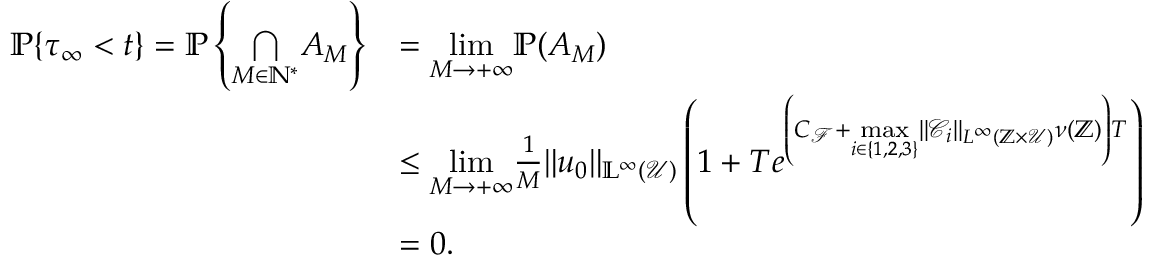
\begin{array} { r l } { \mathbb { P } \{ \tau _ { \infty } < t \} = \mathbb { P } \left\{ \underset { M \in \mathbb { N } ^ { * } } { \bigcap } A _ { M } \right\} } & { = \underset { M \rightarrow + \infty } { \operatorname* { l i m } } \mathbb { P } ( A _ { M } ) } \\ & { \leq \underset { M \rightarrow + \infty } { \operatorname* { l i m } } \frac { 1 } { M } \Vert u _ { 0 } \Vert _ { \mathbb { L ^ { \infty } } ( \mathcal { U } ) } \left( 1 + T e ^ { \left( C _ { \mathcal { F } } + \underset { i \in \{ 1 , 2 , 3 \} } { \operatorname* { m a x } } \Vert \mathcal { C } _ { i } \Vert _ { L ^ { \infty } ( \mathbb { Z } \times \mathcal { U } ) } \nu ( \mathbb { Z } ) \right) T } \right) } \\ & { = 0 . } \end{array}